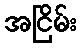
အငြိမ်း